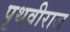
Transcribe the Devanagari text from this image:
पृथवीराज